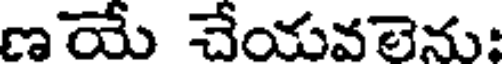
ణయే చేయవలెను: